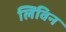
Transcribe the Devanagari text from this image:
लिविन